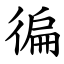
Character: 徧